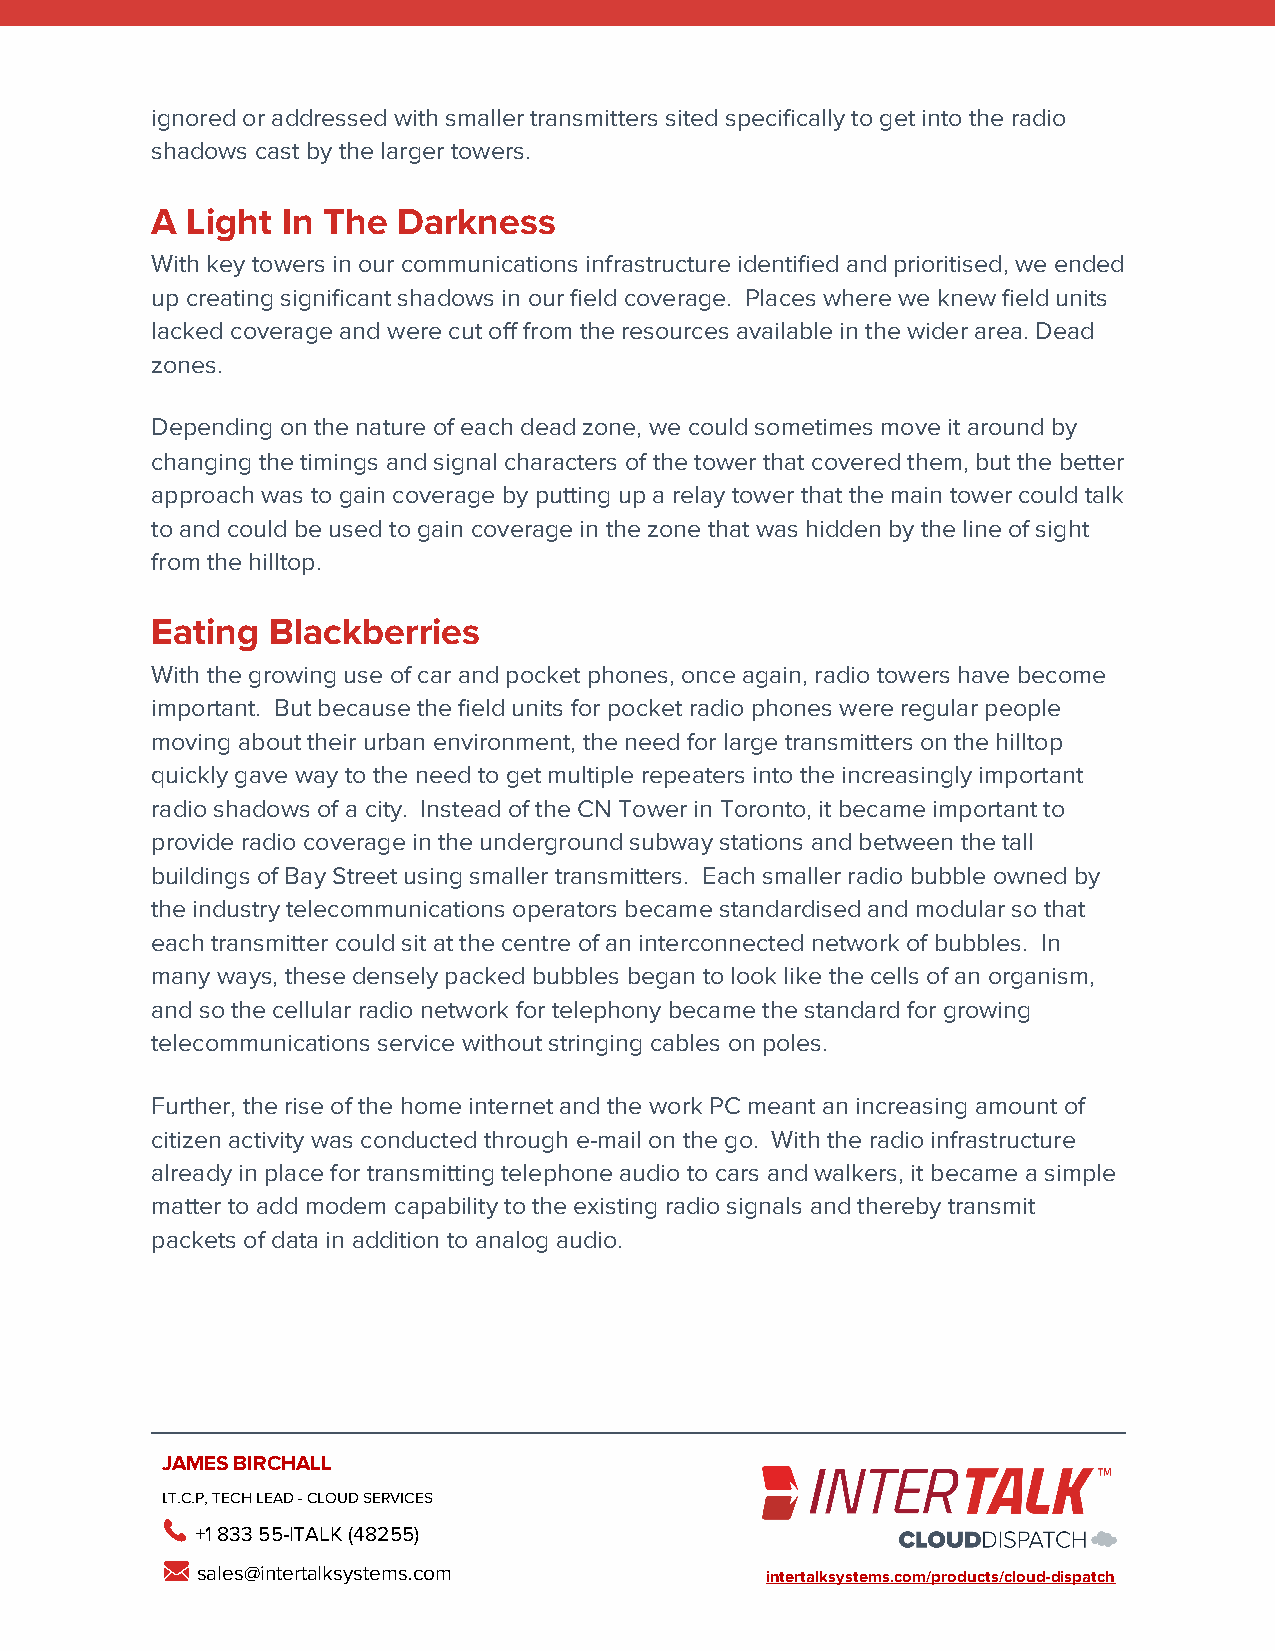
ignored or addressed with smaller transmitters sited specifically to get into the radio
 shadows cast by the larger towers.
 A Light  In The Darkness
 With key towers in our communications infrastructure identified and prioritised, we ended
 up creating significant shadows in our field coverage. Places where we knew field units
 lacked coverage and were cut off from the resources available in the wider area. Dead
 zones.
 Depending on the nature of each dead zone, we could sometimes move it around by
 changing the timings and signal characters of the tower that covered them, but the better
 approach was to gain coverage by putting up a relay tower that the main tower could talk
 to and could be used to gain coverage in the zone that was hidden by the line of sight
 from the hilltop.
 Eating  Blackberries
 With the growing use of car and pocket phones, once again, radio towers have become
 important. But because the field units for pocket radio phones were regular people
 moving about their urban environment, the need for large transmitters on the hilltop
 quickly gave way to the need to get multiple repeaters into the increasingly important
 radio shadows of a city. Instead of the CN Tower in Toronto, it became important to
 provide radio coverage in the underground subway stations and between the tall
 buildings of Bay Street using smaller transmitters. Each smaller radio bubble owned by
 the industry telecommunications operators became standardised and modular so that
 each transmitter could sit at the centre of an interconnected network of bubbles. In
 many ways, these densely packed bubbles began to look like the cells of an organism,
 and so the cellular radio network for telephony became the standard for growing
 telecommunications service without stringing cables on poles.
 Further, the rise of the home internet and the work PC meant an increasing amount of
 citizen activity was conducted through e-mail on the go. With the radio infrastructure
 already in place for transmitting telephone audio to cars and walkers, it became a simple
 matter to add modem capability to the existing radio signals and thereby transmit
 packets of data in addition to analog audio.
 JAMES BIRCHALL
 I.T.C.P, TECH LEAD - CLOUD SERVICES
 +1 833 55-ITALK (48255)
 sales@intertalksystems.com            intertalksystems.com/products/cloud-dispatch